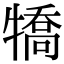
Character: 犞